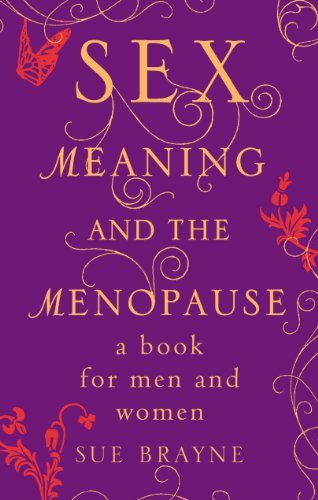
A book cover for Sex, Meaning and the Menopause; Sue Brayne; Health, Fitness & Dieting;